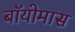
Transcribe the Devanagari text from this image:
बॉयोमास